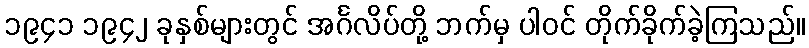
၁၉၄၁ ၁၉၄၂ ခုနှစ်များတွင် အင်္ဂလိပ်တို့ ဘက်မှ ပါဝင် တိုက်ခိုက်ခဲ့ကြသည်။